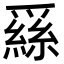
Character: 𦃟